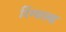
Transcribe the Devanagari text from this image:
रिंग्वाल्ड